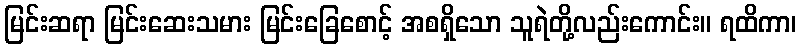
မြင်းဆရာ မြင်းဆေးသမား မြင်းခြေစောင့် အစရှိသော သူရဲတို့လည်းကောင်း။ ရထိကာ၊